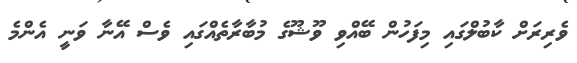
ވެރިރަށް ކާބުލްގައި މިފަހުން ބޭއްވި ވޫޝޫގެ މުބާރާތެއްގައި ވެސް އޭނާ ވަނީ އެންމެ